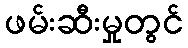
ဖမ်းဆီးမှုတွင်